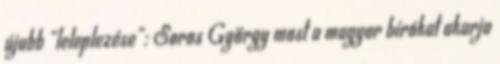
újabb „leleplezése”: Soros György most a magyar bírókat akarja